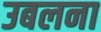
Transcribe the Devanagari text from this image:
उबलना